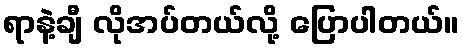
ရာနဲ့ချီ လိုအပ်တယ်လို့ ပြောပါတယ်။